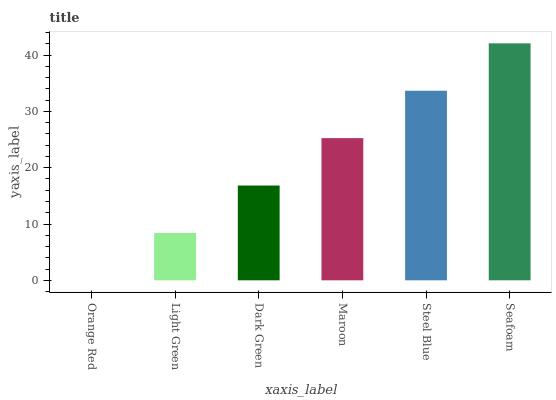
| xaxis_label | bars |
 | --- | --- |
 | Orange Red | 0 |
 | Light Green | 8.42 |
 | Dark Green | 16.8 |
 | Maroon | 25.3 |
 | Steel Blue | 33.7 |
 | Seafoam | 42.1 |